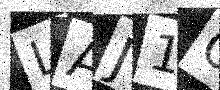
Text: LAJ1O8